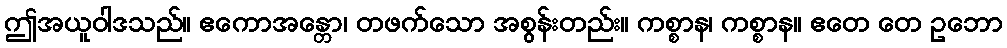
ဤအယူဝါဒသည်။ ဧကောအန္တော၊ တဖက်သော အစွန်းတည်း။ ကစ္စာန၊ ကစ္စာန။ ဧတေ တေ ဥဘော